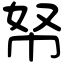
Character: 帑